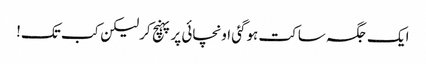
ایک جگہ ساکت ہوگئی اونچائی پرپہنچ کرلیکن کب تک!